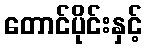
တောင်ပိုင်းနှင့်